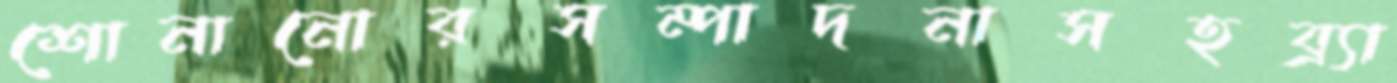
শোনানোরসম্পাদনাসহব্র্যা